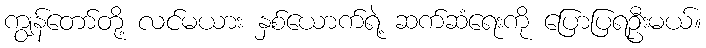
ကျွန်တော်တို့ လင်မယား နှစ်ယောက်ရဲ့ ဆက်ဆံရေးကို ပြောပြရဦးမယ်။